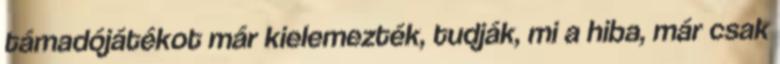
támadójátékot már kielemezték, tudják, mi a hiba, már csak